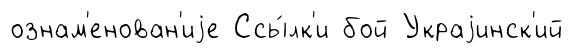
ознам'енован'иjе Ссы́лк'и бой Украjинск'ий